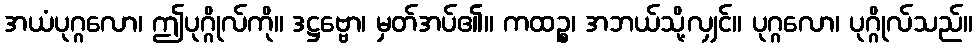
အယံပုဂ္ဂလော၊ ဤပုဂ္ဂိုလ်ကို။ ဒဋ္ဌဗ္ဗော၊ မှတ်အပ်၏။ ကထဉ္စ၊ အဘယ်သို့လျှင်။ ပုဂ္ဂလော၊ ပုဂ္ဂိုလ်သည်။